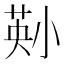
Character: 𫵄